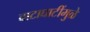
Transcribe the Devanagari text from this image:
वाटाघाटींमुळे